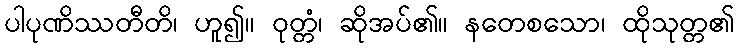
ပါပုဏိဿတီတိ၊ ဟူ၍။ ဝုတ္တံ၊ ဆိုအပ်၏။ နတေစသော၊ ထိုသုတ္တ၏